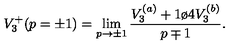
V _ { 3 } ^ { + } ( p = \pm 1 ) = \displaystyle \lim _ { p \to \pm 1 } { \frac { V _ { 3 } ^ { ( a ) } + { 1 \o 4 } V _ { 3 } ^ { ( b ) } } { p \mp 1 } } .